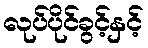
လုပ်ပိုင်ခွင့်နှင့်